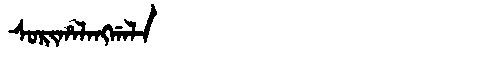
Manchu: ᠰᠣᡵᡳᡥᠠᠯᠠᠩᡤᠠᠯᠠ
Romanization: SORIHALANGGALA